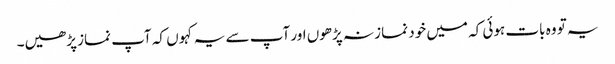
یہ تو وہ بات ہوئی کہ میں خود نماز نہ پڑھوں اور آپ سے یہ کہو ں کہ آپ نماز پڑھیں۔